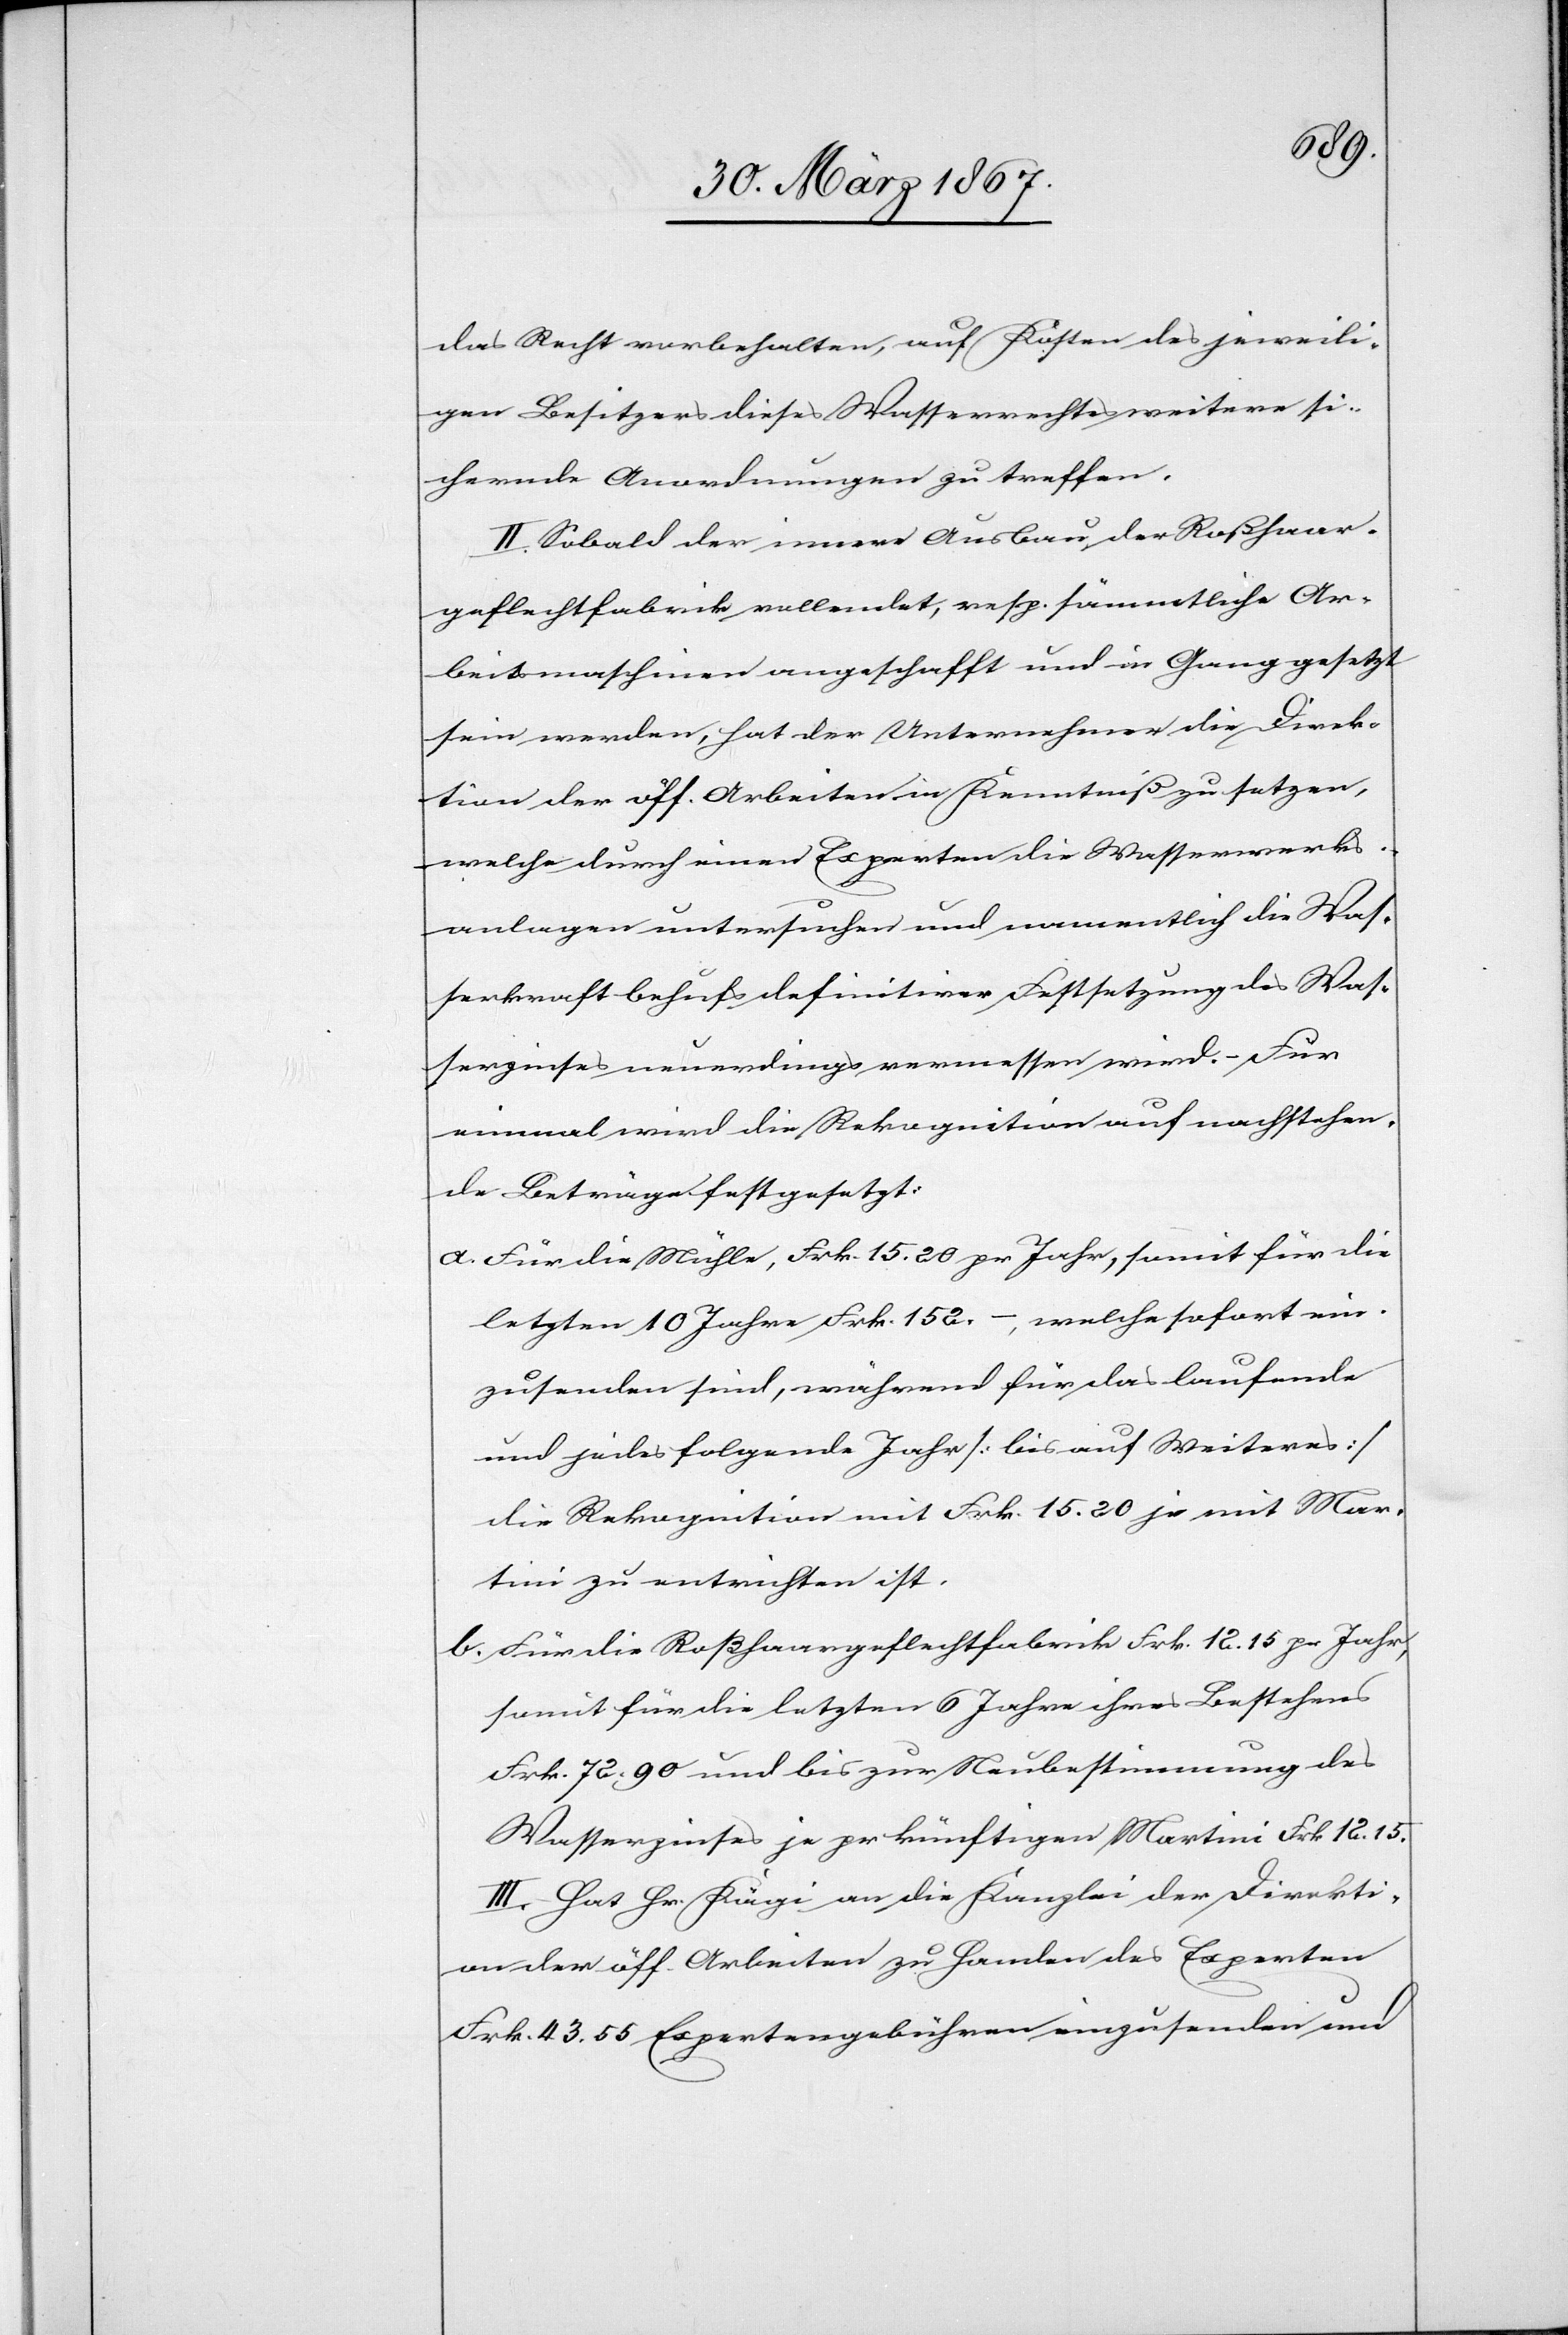
das Recht vorbehalten, auf Kosten des jeweili¬
gen Besitzers dieses Wasserrechtes weitere si¬
chernde Anordnungen zu treffen.
II. Sobald der innere Ausbau der Roßhaar¬
geflechtfabrik vollendet, resp. sämmtliche Ar¬
beitsmaschinen angeschafft und in Gang gesetzt
sein werden, hat der Unternehmer die Direk¬
tion der öff. Arbeiten in Kenntniß zu setzen,
welche durch einen Experten die Wasserwerks¬
anlagen untersuchen und namentlich die Was¬
serkraft behufs definitiver Festsetzung des Was¬
serzinsen neuerdings vermessen wird. – Für
einmal wird die Rekognition auf nachstehen¬
de Beträge festgesetzt:
a.	Für die Mühle, Frk. 15.20 pr Jahr, somit für die
letzten 10 Jahre Frk. 152.–, welche sofort ein¬
zusenden sind, während für das laufende
und jedes folgende Jahr [bis auf Weiteres]
die Rekognition mit Frk. 15.20 je mit Mar¬
tini zu entrichten ist.
b.	Für die Roßhaargeflechtfabrik Frk. 12.15 pr Jahr,
somit für die letzten 6 Jahre ihres Bestehens
Frk. 72.90 und bis zur Neubestimmung des
Wasserzinses je pr künftigen Martini Frk. 12.15.
III. Hat Hr. Kägi an die Kanzlei der Direkti¬
on der öff. Arbeiten zu Handen des Experten
Frk. 43.55 Expertengebühren einzusenden und